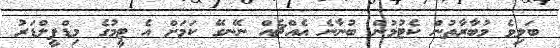
ބަލިވެ މުބާރާތުން ކެޓުމުން ބުނާނެ އެއްޗެއް ނޭނގޭ ކަމަށް އެ ޓީމުގެ މިޑްފީލްޑަރު